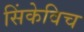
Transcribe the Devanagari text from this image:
सिंकेविच